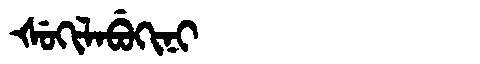
Manchu: ᡧᡠᡴᡳᠯᠠᠪᡠᡴᡳᠨᡳ
Romanization: ŠUKILABUKINI